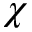
\chi